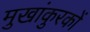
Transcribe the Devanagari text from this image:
मुखांकुरकों